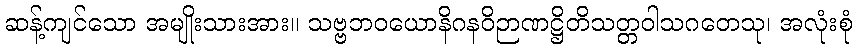
ဆန့်ကျင်သော အမျိုးသားအား။ သဗ္ဗဘဝယောနိဂနဝိဉာဏဋ္ဌိတိသတ္တဝါသဂတေသု၊ အလုံးစုံ